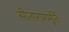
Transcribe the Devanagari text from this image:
सीताराममूर्ति